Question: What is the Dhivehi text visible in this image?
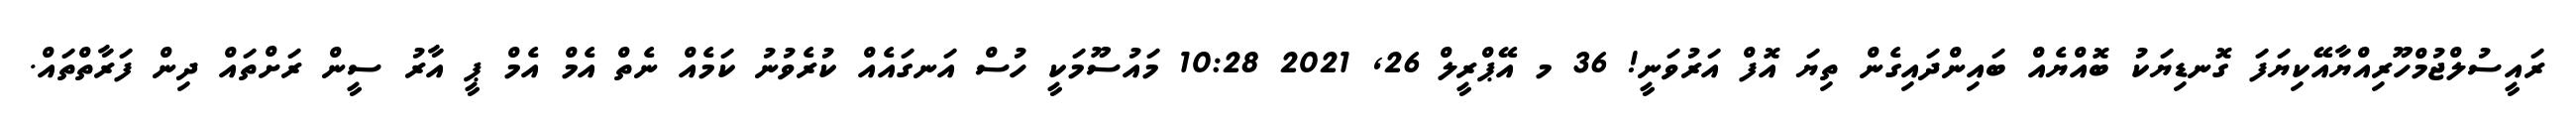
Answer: ރައީސުލްޖުމްހޫރިއްޔާއޭކިޔަފަ ގޮނޑިޔަކު ބޮއްޔެއް ބައިންދައިގެން ތިޔަ އޮފް އަރުވަނީ! 36 މ އޭޕްރީލް 26, 2021 10:28 މައުސޫމަކީ ހުސް އަނގައެއް ކުރެވުނު ކަމެއް ނެތް އެމް އެމް ޕީ އާރު ސީން ރަށްތައް ދިން ފަރާތްތައް.